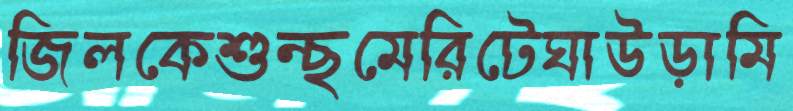
জিলকেশুন্ছমেরিটেঘাউড়ামি